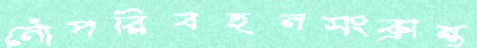
নৌপরিবহনসংক্রান্ত